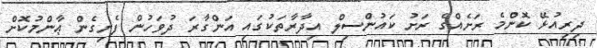
ދިރިއުޅޭ ކޮންމެ ރަށެއްގެ ރަށު ކައުންސިލް އިދާރާތަކުގައި އަންގާރަ ދުވަހުން ފެށިގެން ޢާންމުކޮށް